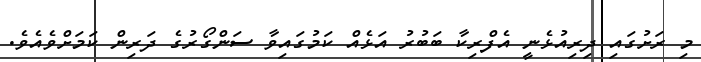
މި ރަށުގައި ދިރިއުޅެނީ އެފްރިކާ ބަބުރު އަޅެއް ކަމުގައިވާ ސަންގޯރުގެ ދަރިން ކަމަށްވެއެވެ.